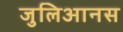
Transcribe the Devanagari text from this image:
जुलिआनस